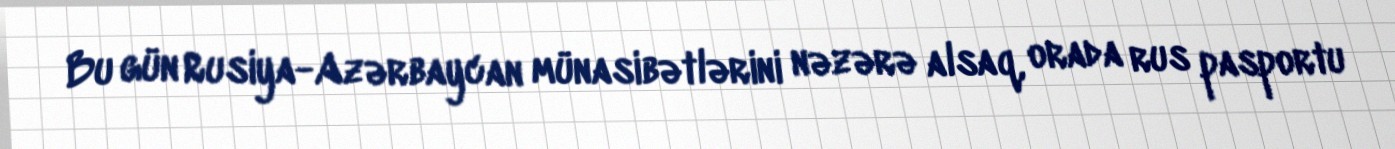
Bu gün Rusiya-Azərbaycan münasibətlərini nəzərə alsaq, orada rus pasportu